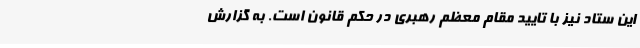
این ستاد نیز با تایید مقام معظم رهبری در حکم قانون است. به گزارش